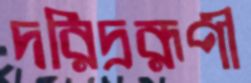
দরিদ্ররূপী